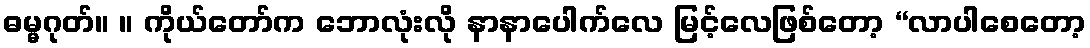
ဓမ္မဂုတ်။ ။ ကိုယ်တော်က ဘောလုံးလို နာနာပေါက်လေ မြင့်လေဖြစ်တော့ “လာပါစေတော့